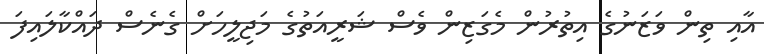
އާއި ތިން ވަޒަނުގެ އިތުރުން މެގަޒިން ވެސް ޝަރީއަތުގެ މަޖިލީހަށް ގެނެސް ދައްކާލައިފަ